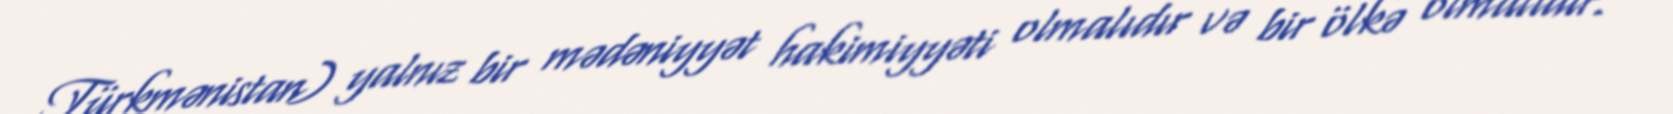
Türkmənistan) yalnız bir mədəniyyət hakimiyyəti olmalıdır və bir ölkə olmalıdır.